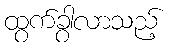
ထွက်ခွာလာသည့်